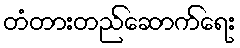
တံတားတည်ဆောက်ရေး